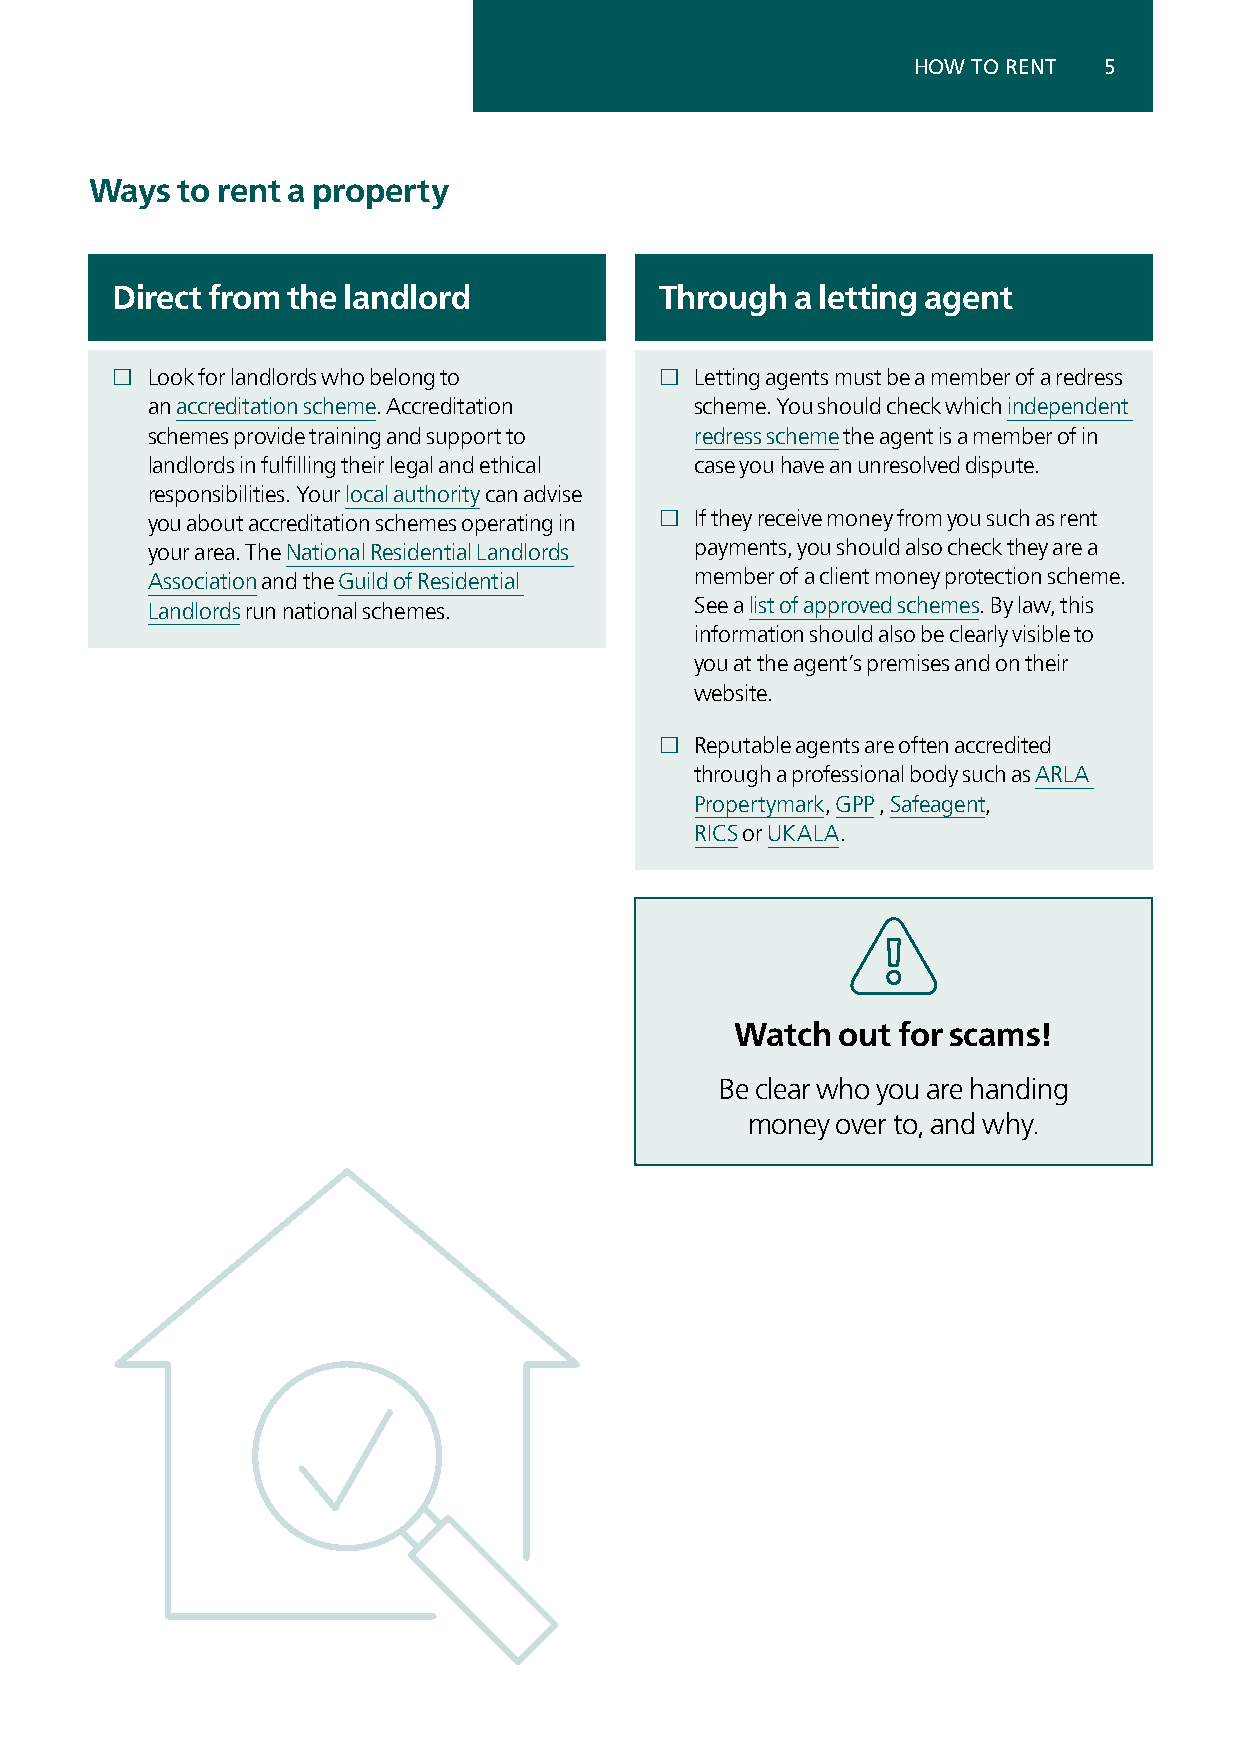
HOW TO RENT  5
 Ways  to rent a property
 Direct from the landlord             Through  a letting agent
 £  Look for landlords who belong to  £ Letting agents must be a member of a redress
 an accreditation scheme. Accreditation scheme. You should check which independent
 schemes provide training and support to redress scheme the agent is a member of in
 landlords in fulfilling their legal and ethical case you have an unresolved dispute.
 responsibilities. Your local authority can advise
 you about accreditation schemes operating in £ If they receive money from you such as rent
 your area. The National Residential Landlords payments, you should also check they are a
 Association and the Guild of Residential member of a client money protection scheme.
 Landlords run national schemes.     See a list of approved schemes. By law, this
 information should also be clearly visible to
 you at the agent’s premises and on their
 website.
 £ Reputable agents are often accredited
 through a professional body such as ARLA
 Propertymark, GPP , Safeagent,
 RICS or UKALA.
 Watch out for scams!
 Be clear who you are handing
 money over to, and why.